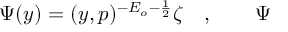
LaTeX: { \Psi } ( y ) = ( y , p ) ^ { - E _ { o } - \frac 1 2 } \zeta \quad , \qquad { \Psi }